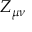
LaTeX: Z _ { \mu \nu }